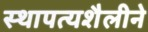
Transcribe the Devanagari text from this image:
स्थापत्यशैलीने